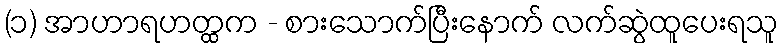
(၁) အာဟာရဟတ္ထက - စားသောက်ပြီးနောက် လက်ဆွဲထူပေးရသူ